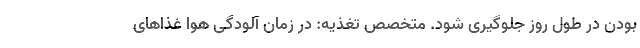
بودن در طول روز جلوگیری شود. متخصص تغذیه: در زمان آلودگی هوا غذاهای